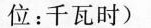
位：千瓦时)